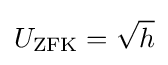
U_{\text{ZFK}}={\sqrt {h}}